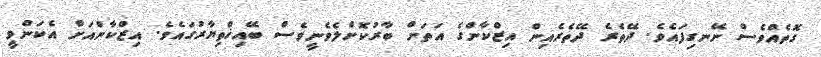
ގޮތެއްވެސް ނޭނގިފައެވެ. ދޭތެރެ ދޭތެރެއިން އިޒްކާންގެ އަތަށް ބާރުކޮށްލެވެނީވެސް ބޭއިޚްތިޔާރުގައެވެ. އިޒްކާންއަށް އެކަންވީ